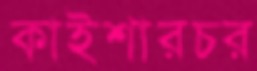
কাইশারচর